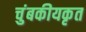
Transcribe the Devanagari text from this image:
चुंबकीयकृत